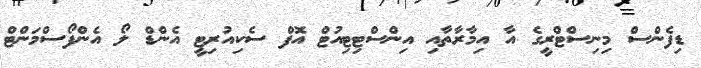
ޑިފެންސް މިނިސްޓްރީގެ އާ އިމާރާތާއި އިންސްޓިޓިއުޓް އޮފް ސެކިއުރިޓީ އެންޑް ލޯ އެންފޯސްމަންޓް